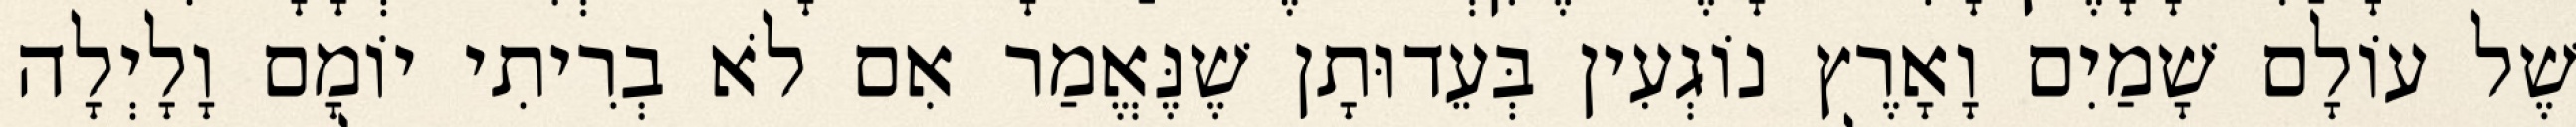
שֶׁל עוֹלָם שָׁמַיִם וָאָרֶץ נוֹגְעִין בְּעֵדוּתָן שֶׁנֶּאֱמַר אִם לֹא בְרִיתִי יוֹמָם וָלָיְלָה